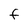
Character: F